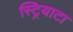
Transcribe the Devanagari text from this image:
स्ट्रियाटा